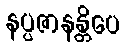
နပ္ပဇာနန္တိပေ